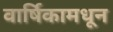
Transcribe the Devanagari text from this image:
वार्षिकामधून